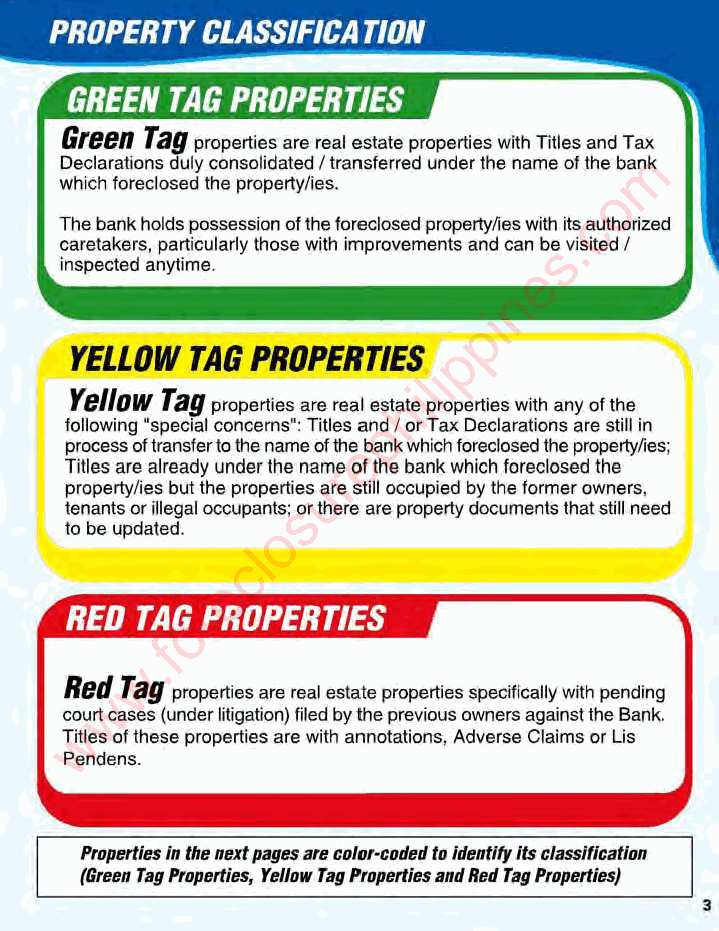
Green Tag
 properties are real estate properties with Titles and Tax
 m
 Declarations duly consolidated / transferred under the name of the bank
 which foreclosed the property/ies.  o
 c
 The bank holds possession of the foreclosed propertylies with its authorized
 .
 caretakers, particularly those with improvements and can bse visited /
 inspected anytime.             e
 n
 i
 p
 p
 YELLOW  TAG PROPERTIES
 i
 l
 i
 Yellow Tag           h
 properties are real estate properties with any of the
 following "special concerns": Titles anpd I or Tax Declarations are still in
 process of transfer to the name of thee bank which foreclosed the propertylies;
 Titles are already under the namre of the bank which foreclosed the
 u
 propertylies but the properties are still occupied by the former owners,
 tenants or illegal occupants;s or there are property documents that still need
 to be updated. o
 l
 c
 e
 r
 o
 f
 .
 w
 Red Tag
 w   properties are real estate properties specifically with pending
 court cases (under litigation) filed by the previous owners against the Bank.
 w
 Titles of these properties are with annotations, Adverse Claims or Lis
 Pendens.
 Properties In the next pages are color·coded to Identity Its classIfication
 (Green Tag Properties, Yellow Tag Properties and Red Tag Properties)
 L-______________________________________
 ~ ,